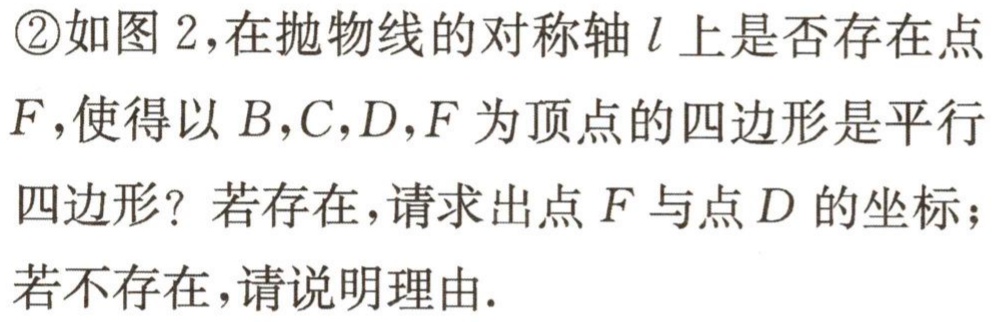
\textcircled{2}如图2，在抛物线的对称轴\(l\)上是否存在点\(F\)，使得以\(B,C,D,F\)为顶点的四边形是平行四边形？若存在，请求出点\(F\)与点\(D\)的坐标；若不存在，请说明理由.